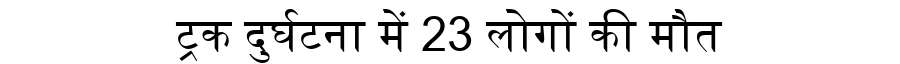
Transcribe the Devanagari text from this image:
ट्रक दुर्घटना में 23 लोगों की मौत